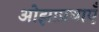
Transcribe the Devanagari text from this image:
ओझाप्रथाएँ